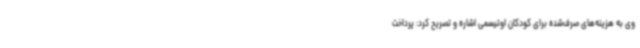
وی به هزینه‌های صرف‌شده برای کودکان اوتیسمی اشاره و تصریح کرد: پرداخت